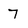
Character: 7